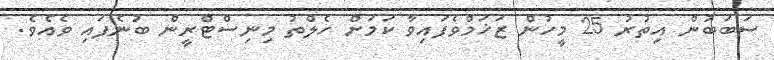
ސަބަބުން އިތުރު 25 މީހުން ޒަޚަމްވެފައިވާ ކަމަށް ހެލްތު މިނިސްޓްރީން ބުނެފައި ވެއެވެ.